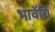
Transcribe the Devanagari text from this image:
भावेंचि